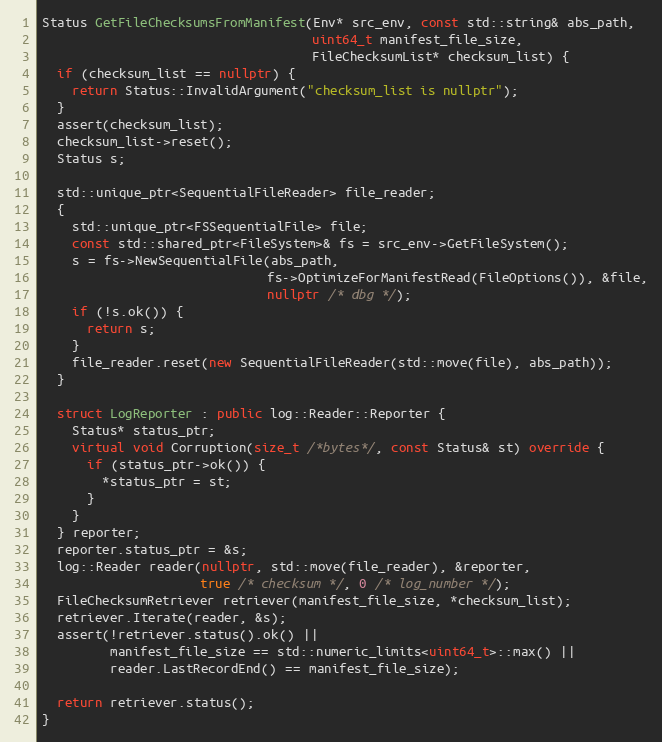
Language: C++
Status GetFileChecksumsFromManifest(Env* src_env, const std::string& abs_path,
                                    uint64_t manifest_file_size,
                                    FileChecksumList* checksum_list) {
  if (checksum_list == nullptr) {
    return Status::InvalidArgument("checksum_list is nullptr");
  }
  assert(checksum_list);
  checksum_list->reset();
  Status s;

  std::unique_ptr<SequentialFileReader> file_reader;
  {
    std::unique_ptr<FSSequentialFile> file;
    const std::shared_ptr<FileSystem>& fs = src_env->GetFileSystem();
    s = fs->NewSequentialFile(abs_path,
                              fs->OptimizeForManifestRead(FileOptions()), &file,
                              nullptr /* dbg */);
    if (!s.ok()) {
      return s;
    }
    file_reader.reset(new SequentialFileReader(std::move(file), abs_path));
  }

  struct LogReporter : public log::Reader::Reporter {
    Status* status_ptr;
    virtual void Corruption(size_t /*bytes*/, const Status& st) override {
      if (status_ptr->ok()) {
        *status_ptr = st;
      }
    }
  } reporter;
  reporter.status_ptr = &s;
  log::Reader reader(nullptr, std::move(file_reader), &reporter,
                     true /* checksum */, 0 /* log_number */);
  FileChecksumRetriever retriever(manifest_file_size, *checksum_list);
  retriever.Iterate(reader, &s);
  assert(!retriever.status().ok() ||
         manifest_file_size == std::numeric_limits<uint64_t>::max() ||
         reader.LastRecordEnd() == manifest_file_size);

  return retriever.status();
}